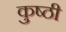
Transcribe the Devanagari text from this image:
कुष्ठी